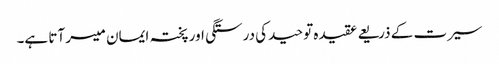
سیرت کے ذریعے عقیدہ توحید کی درستگی اور پختہ ایمان میسر آتا ہے۔